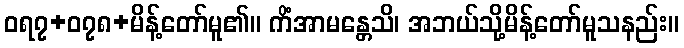
ဝရ၇+၀၇၈+မိန့်တော်မူ၏။ ကိံအာမန္တေသိ၊ အဘယ်သို့မိန့်တော်မူသနည်း။